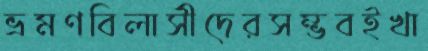
ভ্রমণবিলাসীদেরসম্ভবইখা